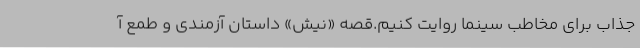
جذاب برای مخاطب سینما روایت کنیم.قصه‌ «نیش» داستان آزمندی و طمع آ